Civil Veterinary Dept. North-West Frontier Province 1901-22 - 1901-1922
Year: 1901
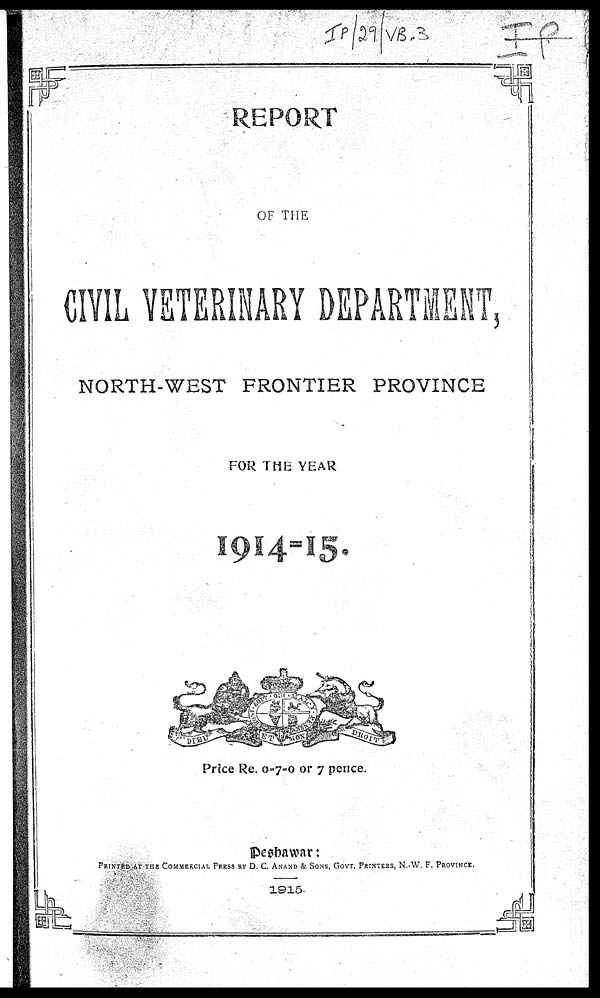
REPORT
OF THE
CIVIL VETERINARY DEPARTMENT,
NORTH-WEST FRONTIER PROVINCE
FOR THE YEAR
Price Re. 0-7-0 or 7 pence.
Peshawar:
PRINTED AT THE COMMERCIAL PRESS BY D. C. ANAND & SONS, GOVT. PRINTERS, N.W. F. PROVINCE.
1915.